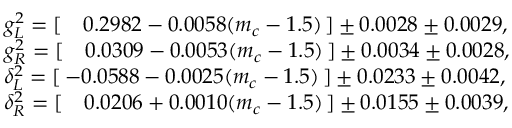
\begin{array} { l l r } { { g _ { L } ^ { 2 } = [ \quad 0 . 2 9 8 2 - 0 . 0 0 5 8 ( m _ { c } - 1 . 5 ) \, ] \pm 0 . 0 0 2 8 \pm 0 . 0 0 2 9 , } } \\ { { g _ { R } ^ { 2 } = [ \quad 0 . 0 3 0 9 - 0 . 0 0 5 3 ( m _ { c } - 1 . 5 ) \, ] \pm 0 . 0 0 3 4 \pm 0 . 0 0 2 8 , } } \\ { { \delta _ { L } ^ { 2 } = [ \, - 0 . 0 5 8 8 - 0 . 0 0 2 5 ( m _ { c } - 1 . 5 ) \, ] \pm 0 . 0 2 3 3 \pm 0 . 0 0 4 2 , } } \\ { { \delta _ { R } ^ { 2 } = [ \quad 0 . 0 2 0 6 + 0 . 0 0 1 0 ( m _ { c } - 1 . 5 ) \, ] \pm 0 . 0 1 5 5 \pm 0 . 0 0 3 9 , } } \end{array}